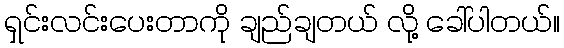
ရှင်းလင်းပေးတာကို ချည်ချတယ် လို့ ခေါ်ပါတယ်။